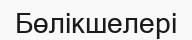
Бөлікшелері